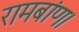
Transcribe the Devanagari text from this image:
रामबांण।